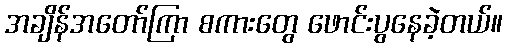
အချိန်အတော်ကြာ စကားတွေ ဖောင်းပွနေခဲ့တယ်။